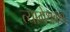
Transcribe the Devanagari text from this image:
त्यागेश्रवण